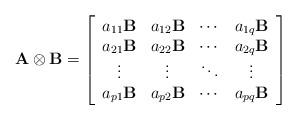
LaTeX: \begin{align*}\mathbf{A}\otimes\mathbf{B} = \left[\begin{array}[]{c c c c}a_{11}\mathbf{B} & a_{12}\mathbf{B} & \cdots & a_{1q}\mathbf{B} \\a_{21}\mathbf{B} &a_{22}\mathbf{B} &\cdots &a_{2q}\mathbf{B} \\\vdots & \vdots & \ddots&\vdots \\a_{p1}\mathbf{B} &a_{p2}\mathbf{B} &\cdots &a_{pq}\mathbf{B}\end{array}\right]\end{align*}